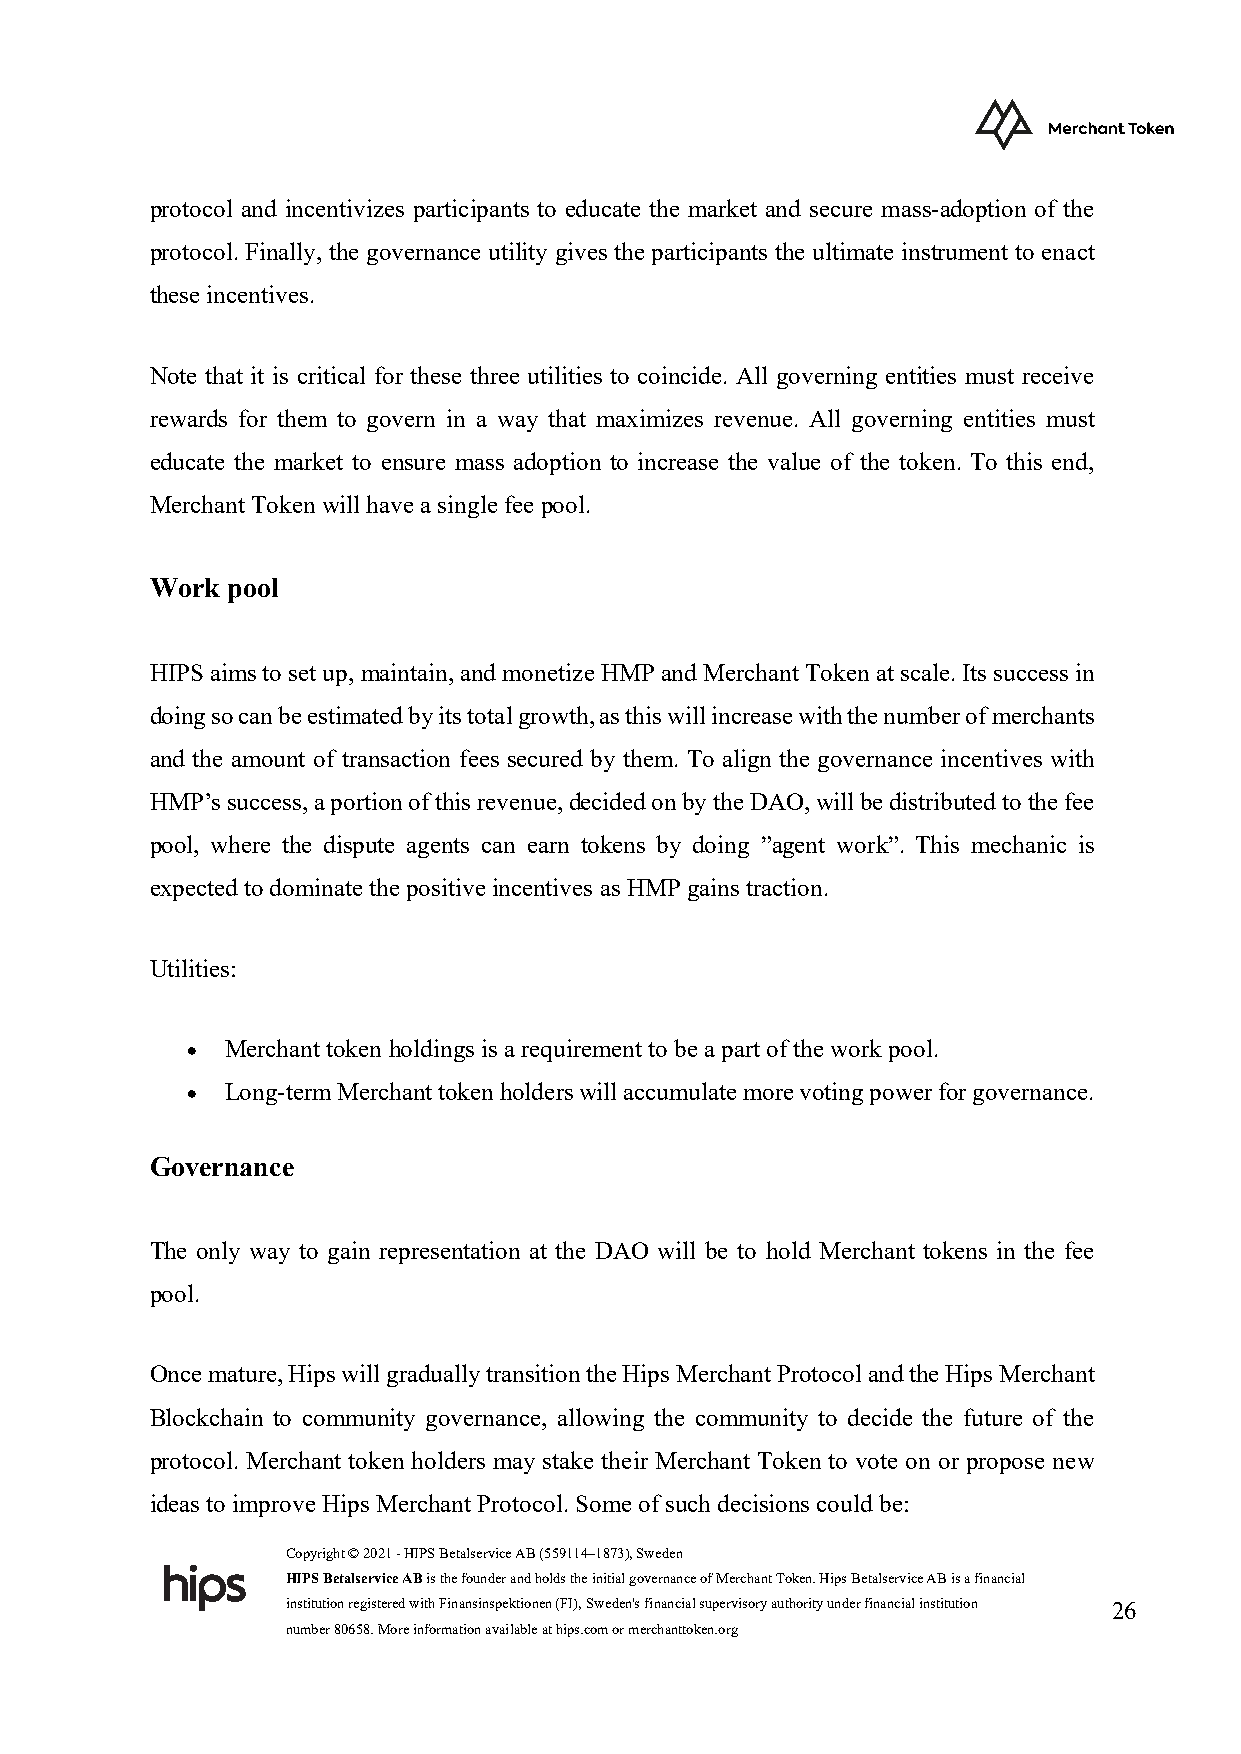
protocol and incentivizes participants to educate the market and secure mass-adoption of the
 protocol. Finally, the governance utility gives the participants the ultimate instrument to enact
 these incentives.
 Note that it is critical for these three utilities to coincide. All governing entities must receive
 rewards for them to govern in a way that maximizes revenue. All governing entities must
 educate the market to ensure mass adoption to increase the value of the token. To this end,
 Merchant Token will have a single fee pool.
 Work pool
 HIPS aims to set up, maintain, and monetize HMP and Merchant Token at scale. Its success in
 doing so can be estimated by its total growth, as this will increase with the number of merchants
 and the amount of transaction fees secured by them. To align the governance incentives with
 HMP’s success, a portion of this revenue, decided on by the DAO, will be distributed to the fee
 pool, where the dispute agents can earn tokens by doing ”agent work”. This mechanic is
 expected to dominate the positive incentives as HMP gains traction.
 Utilities:
 •  Merchant token holdings is a requirement to be a part of the work pool.
 •  Long-term Merchant token holders will accumulate more voting power for governance.
 Governance
 The only way to gain representation at the DAO will be to hold Merchant tokens in the fee
 pool.
 Once mature, Hips will gradually transition the Hips Merchant Protocol and the Hips Merchant
 Blockchain to community governance, allowing the community to decide the future of the
 protocol. Merchant token holders may stake their Merchant Token to vote on or propose new
 ideas to improve Hips Merchant Protocol. Some of such decisions could be:
 Copyright © 2021 - HIPS Betalservice AB (559114–1873), Sweden
 HIPS Betalservice AB is the founder and holds the initial governance of Merchant Token. Hips Betalservice AB is a financial
 institution registered with Finansinspektionen (FI), Sweden's financial supervisory authority under financial institution 26
 number 80658. More information available at hips.com or merchanttoken.org